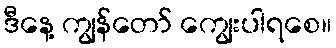
ဒီနေ့ ကျွန်တော် ကျွေးပါရစေ။